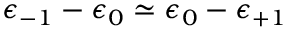
\epsilon _ { - 1 } - \epsilon _ { 0 } \simeq \epsilon _ { 0 } - \epsilon _ { + 1 }